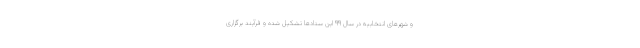
و شهرهای انتخابیه در سال ۹۹ این ستادها تشکیل شده و فرآیند برگزاری